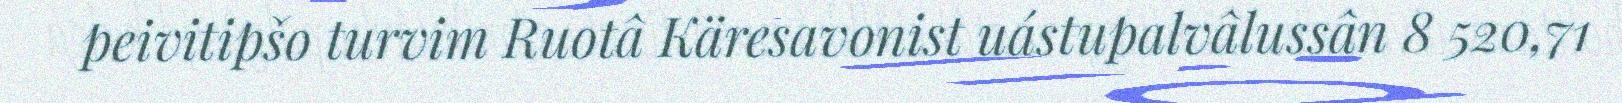
peivitipšo turvim Ruotâ Käresavonist uástupalvâlussân 8 520,71